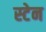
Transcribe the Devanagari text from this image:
स्‍टेन